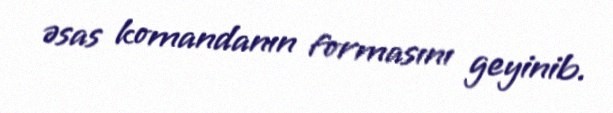
əsas komandanın formasını geyinib.